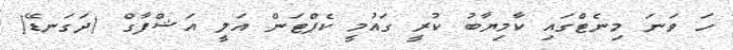
ހަ ވަނަ މިނެޓްގައި ކާމިޔާބު ކުރީ ގައުމީ ކެޕްޓަން އަލީ އަޝްފާގް (ދަގަނޑޭ)